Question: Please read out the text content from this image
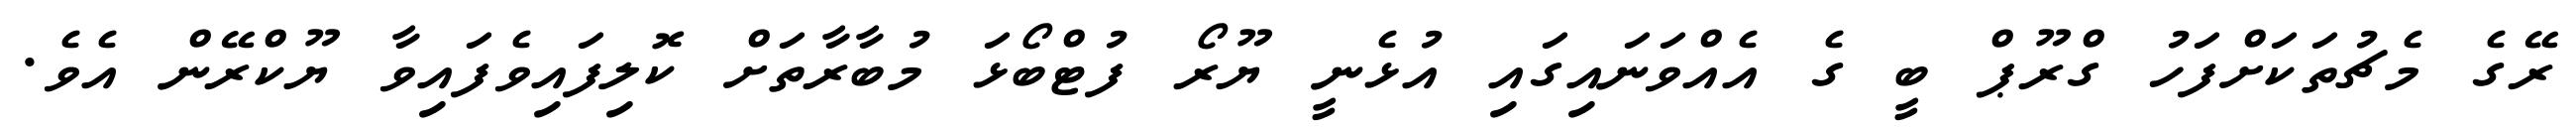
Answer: ރޭގެ މެޗުތަކަށްފަހު ގްރޫޕް ބީ ގެ އެއްވަނައިގައި އުޅެނީ ޔޫރޯ ފުޓްބޯޅަ މުބާރާތަށް ކޮލިފައިވެފައިވާ ޔޫކްރޭން އެވެ.